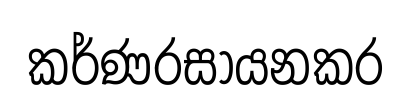
කර්ණරසායනකර